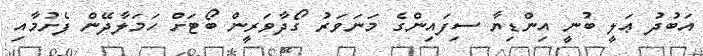
އަބުދު ޢަލީ ބުނީ އިންޑިޔާ ސިފައިންގެ މަނަވަރު ގޯދާވަރީން ބޯޓަށް ހަމަލާދޭން ފެށުމާއި